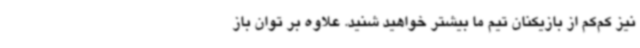
نیز کم‌کم از بازیکنان تیم ما بیشتر خواهید شنید. علاوه بر توان باز